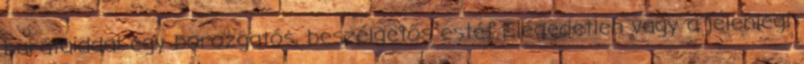
barátaiddal egy borozgatós, beszélgetős estét Elégedetlen vagy a jelenlegi